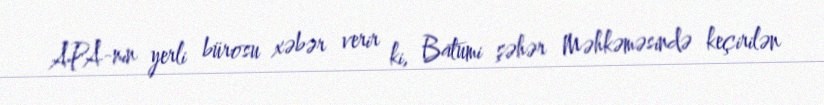
APA-nın yerli bürosu xəbər verir ki, Batumi şəhər Məhkəməsində keçirilən